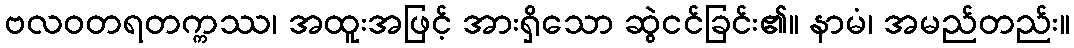
ဗလဝတရတက္ကဿ၊ အထူးအဖြင့် အားရှိသော ဆွဲငင်ခြင်း၏။ နာမံ၊ အမည်တည်း။